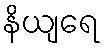
နိယျရေ